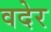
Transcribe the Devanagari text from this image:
वदेर